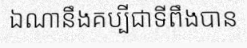
ឯណានឹងគប្បីជាទីពឹងបាន